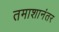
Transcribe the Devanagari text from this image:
तमाशानंतर